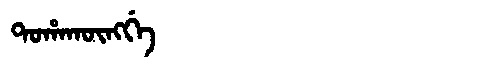
Manchu: ᡨᠣᡥᠠᡴᡡᠩᡤᡝ
Romanization: TOHAKŪNGGE